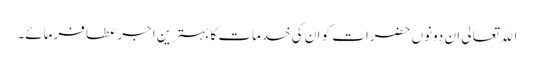
اﷲ تعالیٰ ان دونوں حضرات کو ان کی خدمات کا بہترین اجر عطا فرمائے۔